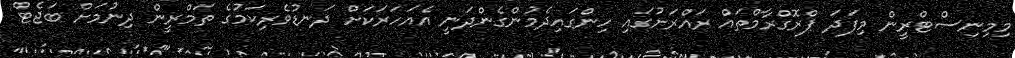
މިމިނިސްޓްރީން މިފަދަ ޕްރޮގްރާމްތައް ރައްރަށުގައި ހިންގައިދެމުންގެންދަނީ އެއަހަރަކަށް ދަނޑުވެރިކަމުގެ ތަމްރީން ދިނުމަށް ބަޖެޓް